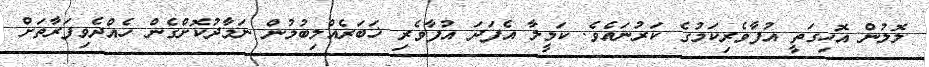
ލޮލުން އޮހިގަތީ އުފާވެރިކަމުގެ ކަރުނައެވެ. ކަމީލާ އެފަދަ އުފާވެރި ޚަބަރެއްލިބުމުން ނަމާދުކޮށްގެން ހެއްދެވިފަރާތަށް